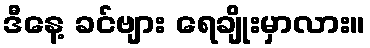
ဒီနေ့ ခင်ဗျား ရေချိုးမှာလား။